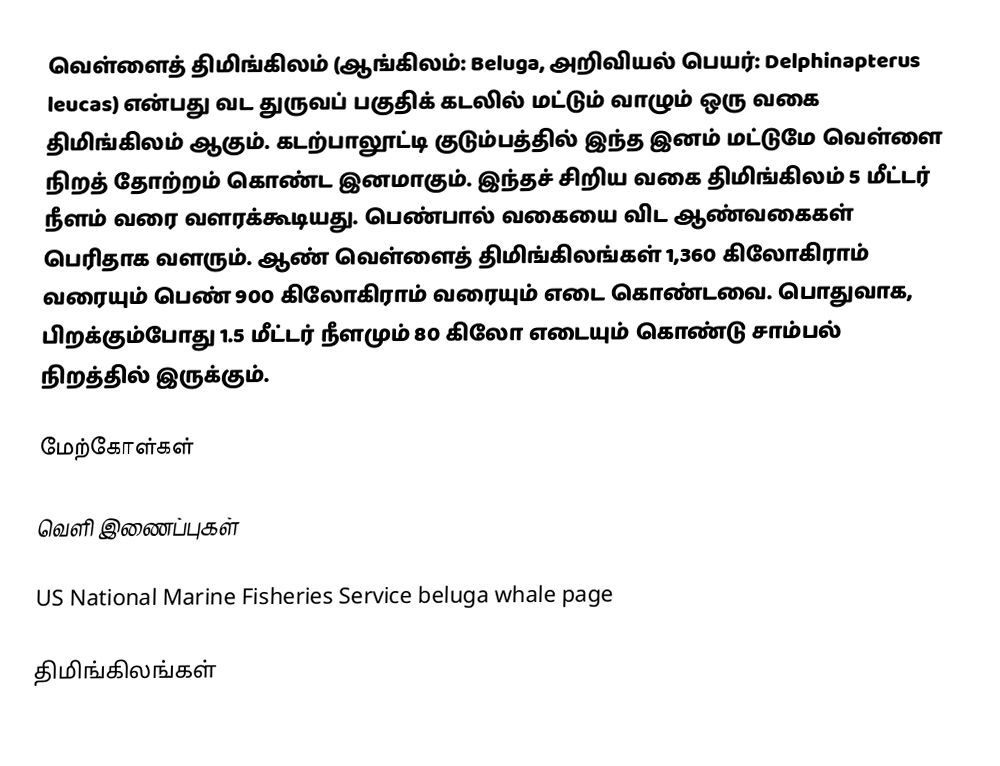
வெள்ளைத் திமிங்கிலம் (ஆங்கிலம்: Beluga, அறிவியல் பெயர்: Delphinapterus leucas) என்பது வட துருவப் பகுதிக் கடலில் மட்டும் வாழும் ஒரு வகை திமிங்கிலம் ஆகும். கடற்பாலூட்டி குடும்பத்தில் இந்த இனம் மட்டுமே வெள்ளை நிறத் தோற்றம் கொண்ட இனமாகும். இந்தச் சிறிய வகை திமிங்கிலம் 5 மீட்டர் நீளம் வரை வளரக்கூடியது. பெண்பால் வகையை விட ஆண்வகைகள் பெரிதாக வளரும். ஆண் வெள்ளைத் திமிங்கிலங்கள் 1,360 கிலோகிராம் வரையும் பெண் 900 கிலோகிராம் வரையும் எடை கொண்டவை. பொதுவாக, பிறக்கும்போது 1.5 மீட்டர்  நீளமும் 80 கிலோ எடையும் கொண்டு சாம்பல் நிறத்தில் இருக்கும்.

மேற்கோள்கள்

வெளி இணைப்புகள்

 US National Marine Fisheries Service beluga whale page

திமிங்கிலங்கள்